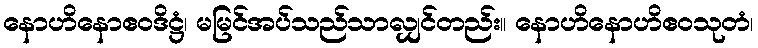
နောဟိနောဧဝဒိဋ္ဌံ၊ မမြင်အပ်သည်သာလျှင်တည်း။ နောဟိနောဟိဧဝသုတံ၊